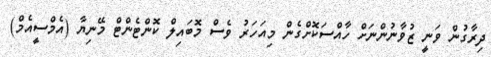
ދިރާގުން ވަނީ ޒުވާނުންނަށް ހާއްސަކޮށްގެން މިއަހަރު ވެސް މޮބައިލް ކޮންޓެންޓް މޭނިޔާ (އެމްސީއެމް)